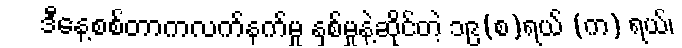
ဒီနေ့စစ်တာကလက်နက်မှု နှစ်မှုနဲ့ဆိုင်တဲ့ ၁၉(စ)ရယ် (က) ရယ်၊